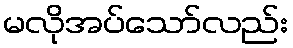
မလိုအပ်သော်လည်း